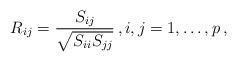
LaTeX: \begin{align*}R_{ij}=\frac{S_{ij}}{\sqrt{S_{ii} S_{jj}}}\,, i,j=1,\ldots,p\,,\end{align*}